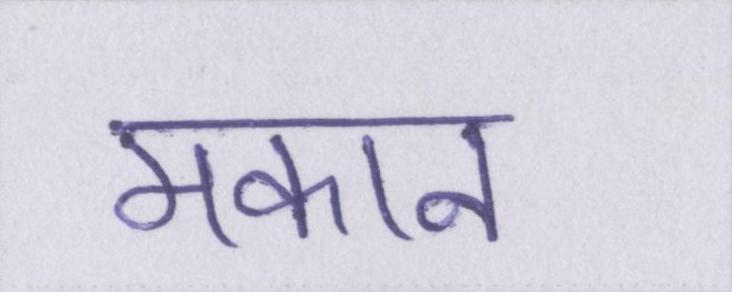
मकान